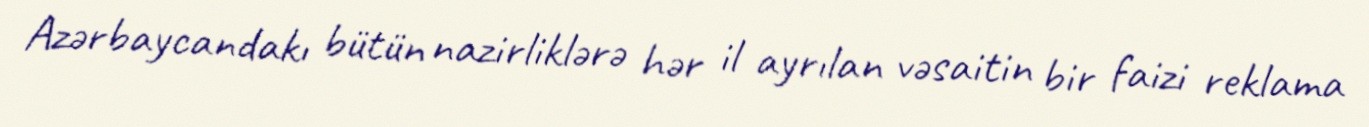
Azərbaycandakı bütün nazirliklərə hər il ayrılan vəsaitin bir faizi reklama